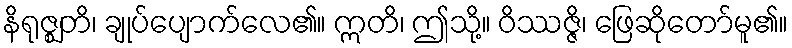
နိရုဇ္ဈတိ၊ ချုပ်ပျောက်လေ၏။ ဣတိ၊ ဤသို့။ ဝိဿဇ္ဇိ၊ ဖြေဆိုတော်မူ၏။